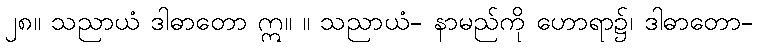
၂၈။ သညာယံ ဒါဓာတော ဣ။ ။ သညာယံ- နာမည်ကို ဟောရာ၌၊ ဒါဓာတော-